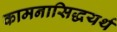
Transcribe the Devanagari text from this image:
कामनासिद्धयर्थ